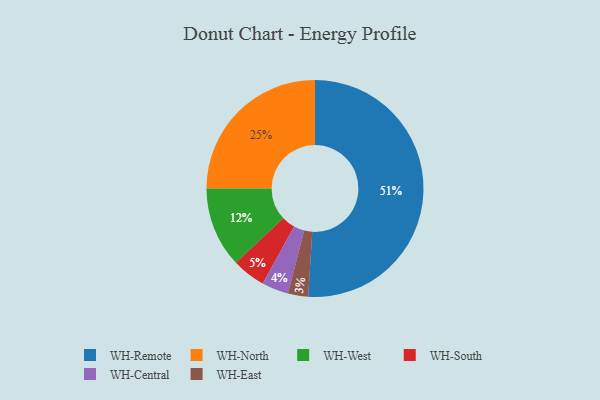
{"axis": {"x": "Category", "y": "Percentage"}, "legend": ["WH-Central", "WH-East", "WH-North", "WH-Remote", "WH-South", "WH-West"], "data": [{"x": "WH-South", "y": 5, "type": "WH-South"}, {"x": "WH-North", "y": 25, "type": "WH-North"}, {"x": "WH-East", "y": 3, "type": "WH-East"}, {"x": "WH-West", "y": 12, "type": "WH-West"}, {"x": "WH-Remote", "y": 51, "type": "WH-Remote"}, {"x": "WH-Central", "y": 4, "type": "WH-Central"}]}